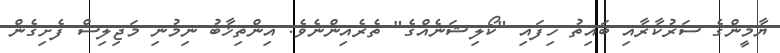
ޔާމީންގެ ސަރުކާރާއި ބައިތު ހިފައި "ކޯލިޝަނެއްގެ" ތެރެއިންނެވެ. އިންތިޚާބު ނިމުނި މަޖިލިސް ފެށިގެން